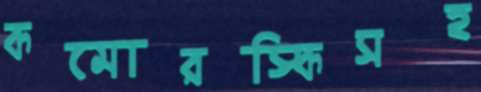
কমোরস্কিসহ